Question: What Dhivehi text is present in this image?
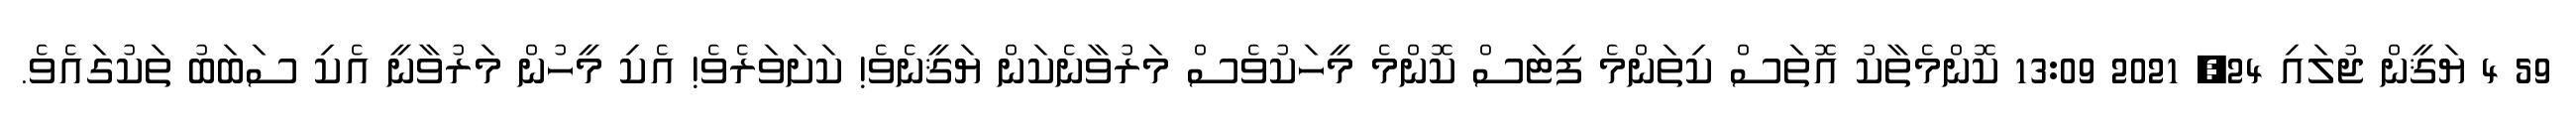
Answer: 59 4 ޔަޤީން ޖުލައި 24, 2021 13:09 ކޮންމެތާކު އޮތަސް ކިތަންމެ ފިޓަސް ކޮންމެ މީހަކުވެސް މަރުވާނެކަން ޔަޤީނެވެ! ކަށަވަރެވެ! އެކި މީހުން މަރުވާނީ އެކި ސަބަބު ތަކުގައެވެ.